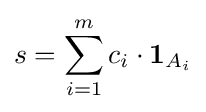
s=\sum _{i=1}^{m}c_{i}\cdot \mathbf {1} _{A_{i}}